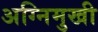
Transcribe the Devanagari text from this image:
अग्निमुखी